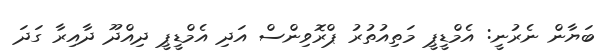
ބަޔާން ނެރުނީ: އެމްޑީޕީ މަތިއުތުރު ޕްރޮވިންސް އަދި އެމްޑީޕީ ދިއްދޫ ދާއިރާ ގަދަ